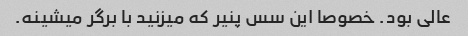
عالی بود. خصوصا این سس پنیر که میزنید با برگر میشینه.